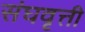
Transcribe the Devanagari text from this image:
संघवृत्ती